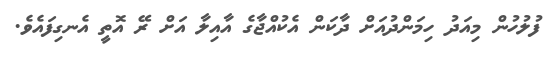
ފުލުހުން މިއަދު ހިމަންދުއަށް ދާކަން އެކުއްޖާގެ އާއިލާ އަށް ރޭ އޮތީ އެނގިފައެވެ.